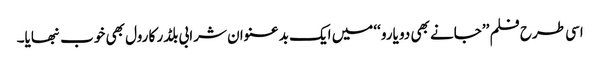
اسی طرح فلم ’’جانے بھی دو یارو ‘‘میں ایک بد عنوان شرابی بلڈر کا رول بھی خوب نبھایا۔